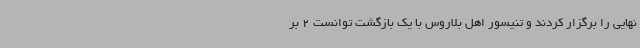
نهایی را برگزار کردند و تنیسور اهل بلاروس با یک بازگشت توانست 2 بر